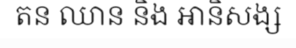
តន ឈាន និង ឤនិសង្ស